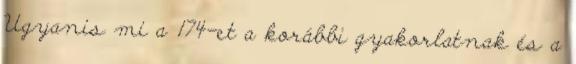
Ugyanis mi a 174-et a korábbi gyakorlatnak és a